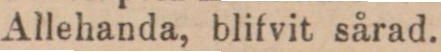
Allehanda, blifvit sårad.